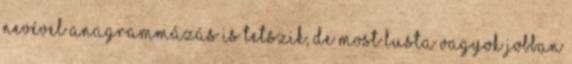
nevével anagrammázás is tetszik, de most lusta vagyok jobban